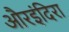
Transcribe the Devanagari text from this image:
औरइंदिरा